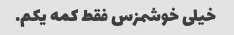
خیلی خوشمزس فقط کمه یکم.